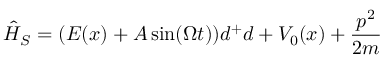
\hat { H } _ { S } = ( E ( x ) + A \sin ( \Omega t ) ) d ^ { + } d + V _ { 0 } ( x ) + \frac { p ^ { 2 } } { 2 m }